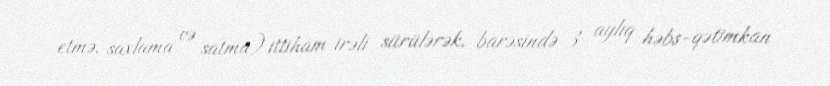
etmə, saxlama və satma) ittiham irəli sürülərək, barəsində 3 aylıq həbs-qətimkan